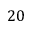
2 0